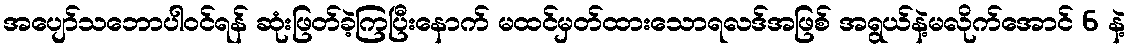
အပျော်သဘောပါဝင်ရန် ဆုံးဖြတ်ခဲ့ကြပြီးနောက် မထင်မှတ်ထားသောရလဒ်အဖြစ် အရွယ်နဲ့မလိုက်အောင် 6 နဲ့